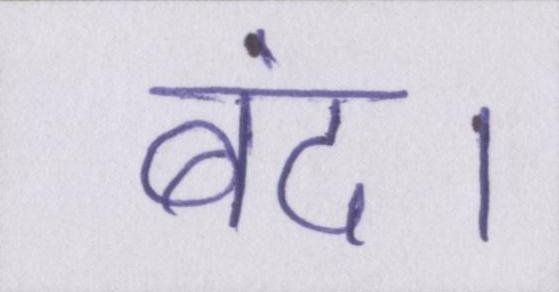
बंद।